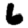
Digit: 6